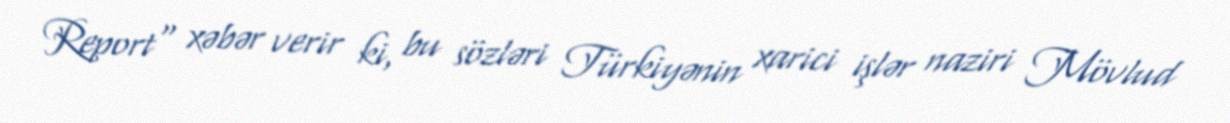
Report" xəbər verir ki, bu sözləri Türkiyənin xarici işlər naziri Mövlud